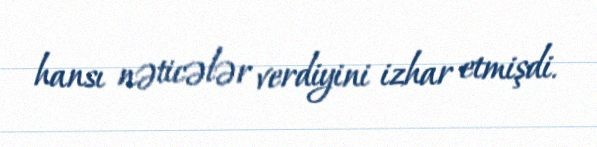
hansı nəticələr verdiyini izhar etmişdi.